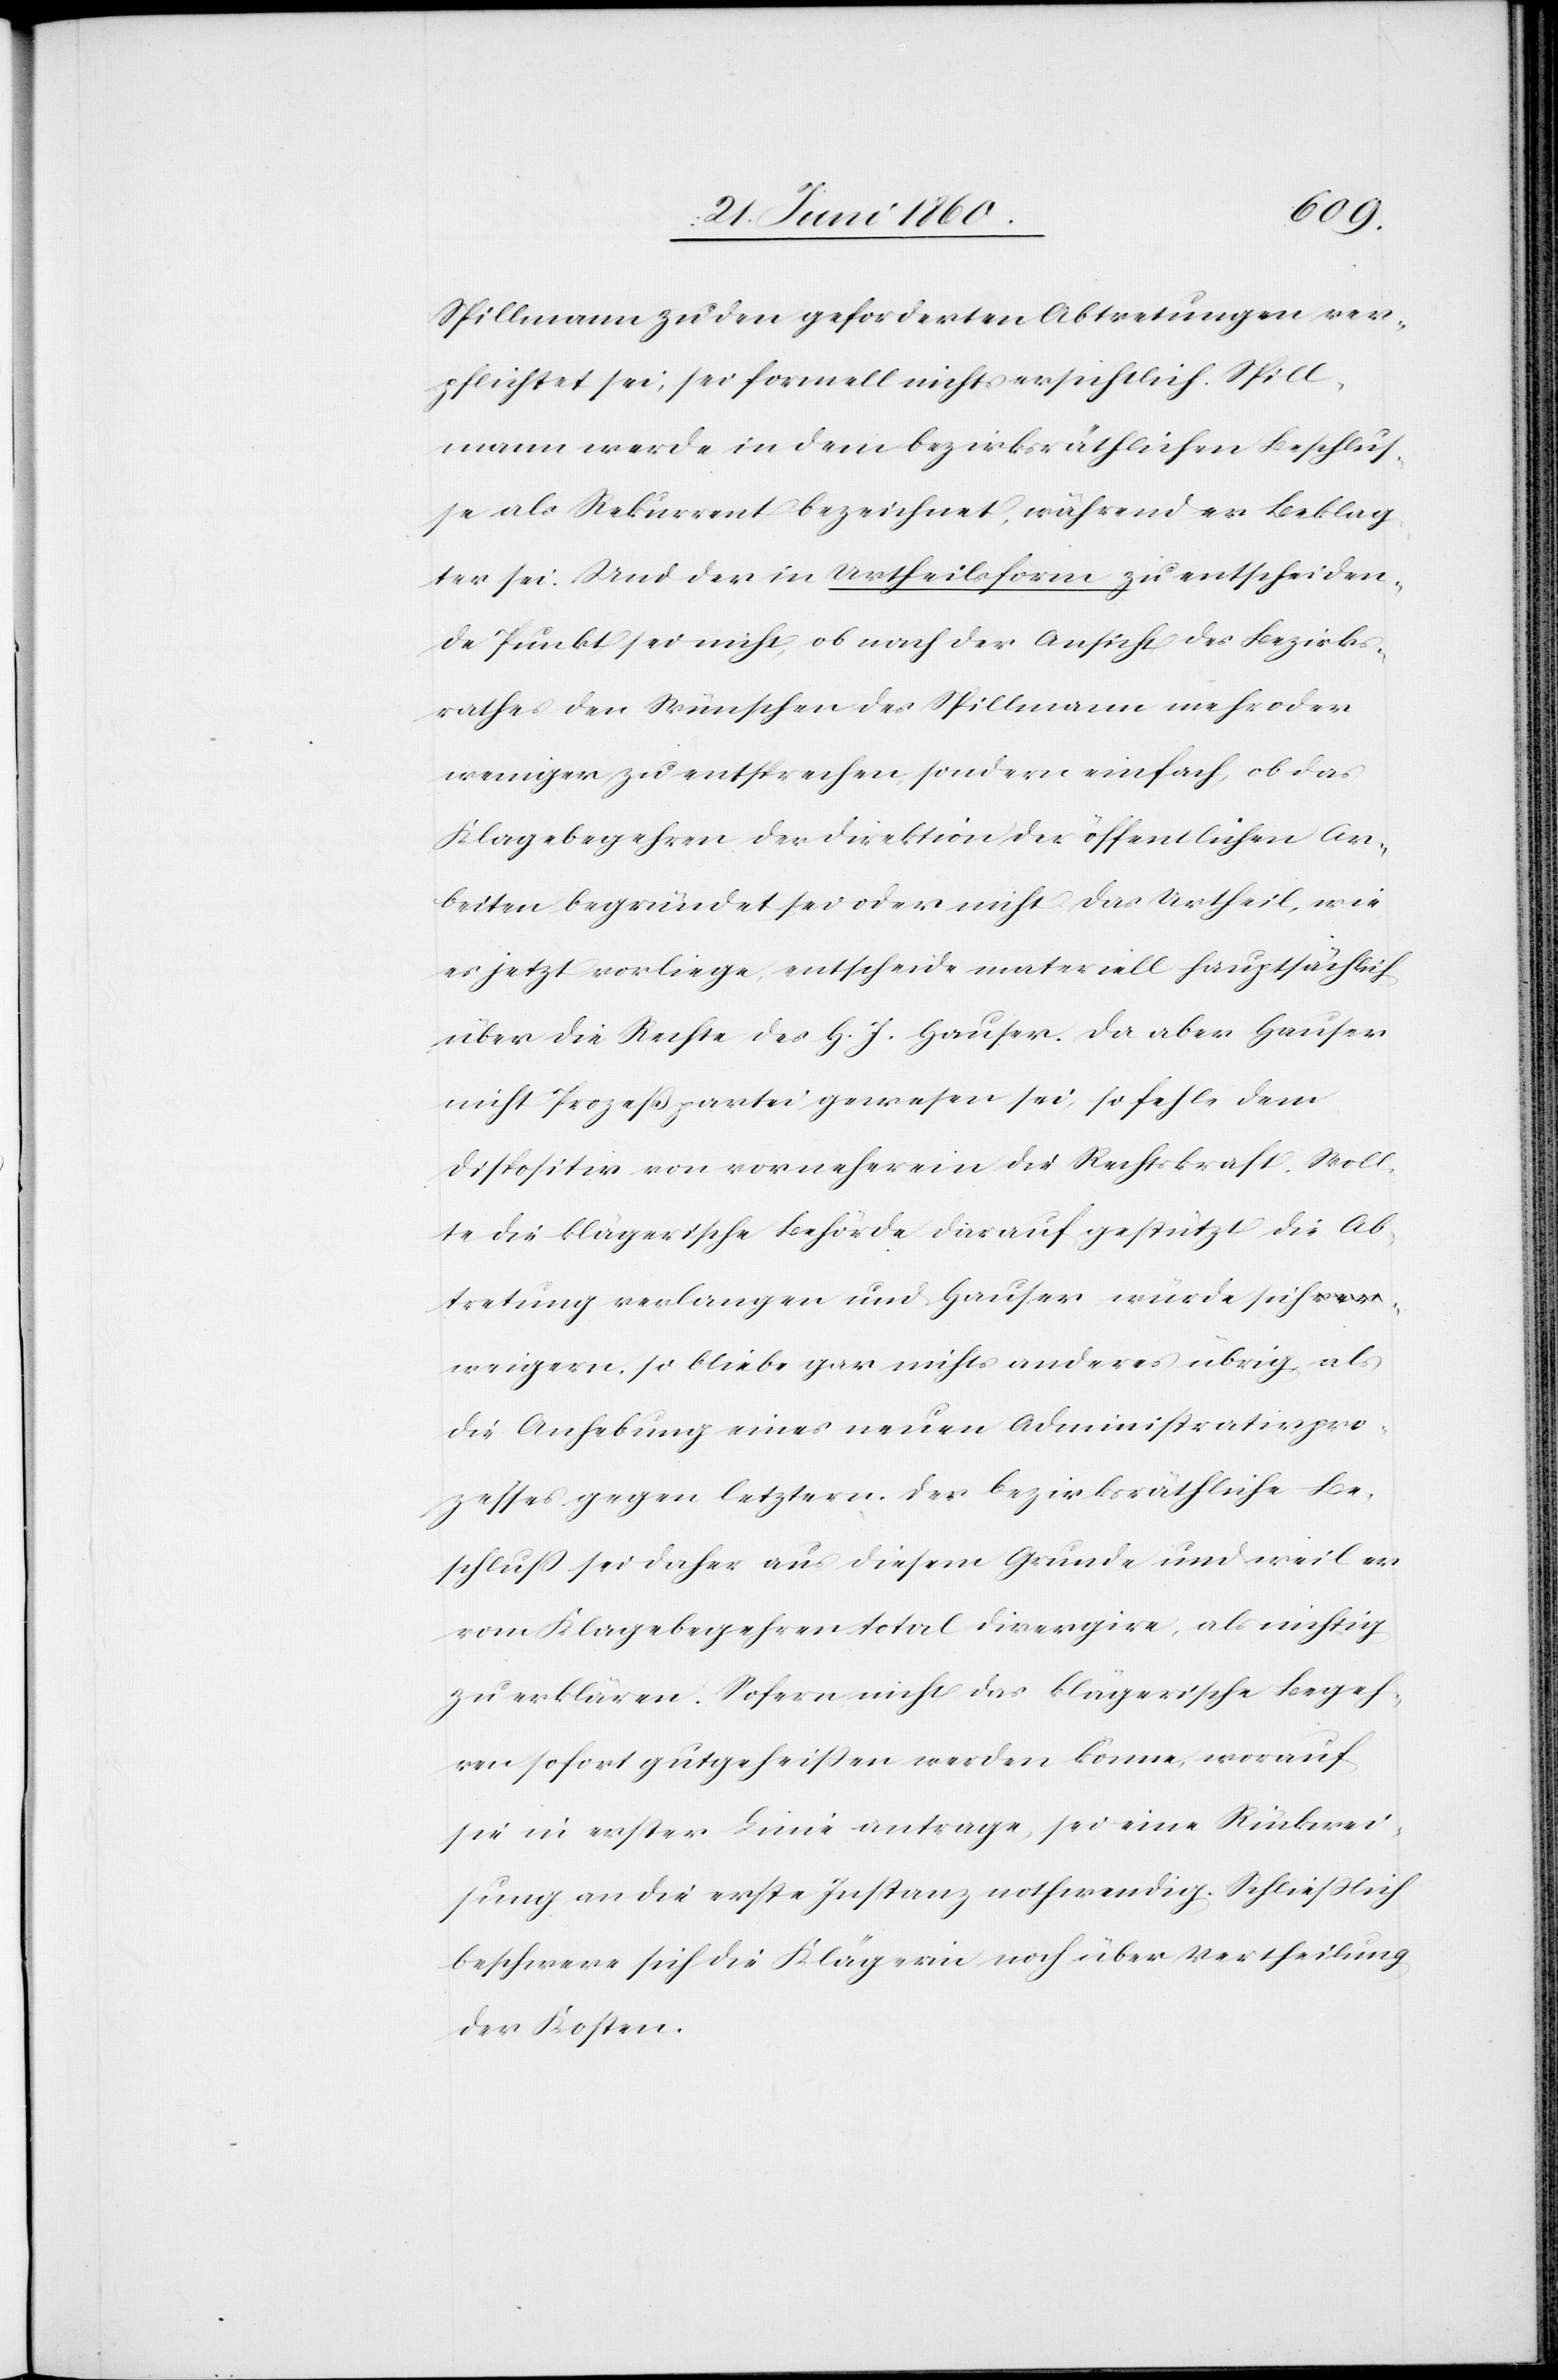
Spillmann zu den geforderten Abtretungen ver¬
pflichtet sei, sei formell nichts ersichtlich. Spill¬
mann werde in dem bezirksräthlichen Beschlus¬
se als Rekurrent bezeichnet, während er Beklag¬
ter sei. Und der in Urtheilsform zu entscheiden¬
de Punkt sei nicht, ob nach der Ansicht des Bezirks¬
rathes den Wünschen des Spillmann mehr oder
weniger zu entsprechen sondern einfach, ob das
Klagebegehren der Direktion der öffentlichen Ar¬
beiten begründet sei oder nicht. Das Urtheil, wie
es jetzt vorliege, entscheide materiell hauptsächlich
über die Rechte des H. J. Hauser. Da aber Hauser
nicht Prozeßpartei gewesen sei, so fehle dem
Dispositiv von vorneherein die Rechtskraft. Woll¬
te die klägerische Behörde darauf gestützt die Ab¬
tretung verlangen und Hauser würde sich
weigern, so bleibe gar nichts anderes übrig, als
die Anhebung eines neuen Administrativpro¬
zesses gegen letztern. Der bezirksräthliche Be¬
schluss sei daher aus diesem Grunde und weil er
vom Klagebegehren total divergive, als nichtig
zu erklären. Sofern nicht das klägerische Begeh¬
ren sofort gutgeheißen werden könne, worauf
sie in erster Linie antrage, sei eine Rückwei¬
sung an die erste Instanz nothwendig. Schliesslich
beschwere sich die Klägerin noch über Vertheilung
der Kosten.